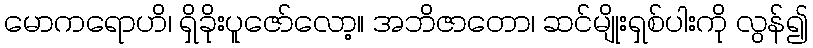
မောကရောဟိ၊ ရှိခိုးပူဇော်လော့။ အဘိဇာတော၊ ဆင်မျိုးရှစ်ပါးကို လွန်၍